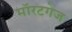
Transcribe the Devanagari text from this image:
मॉरटगेज